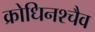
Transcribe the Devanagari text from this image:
क्रोधिनश्चैव